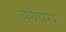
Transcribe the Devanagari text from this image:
कोचरा